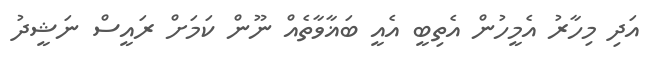
އަދި މިހާރު އެމީހުން އެތިބީ އެއީ ބަޣާވާތެއް ނޫން ކަމަށް ރައީސް ނަޝީދު